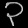
Digit: ၃